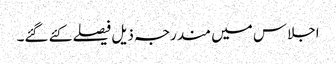
اجلاس میں مندرجہ ذیل فیصلے کئے گئے۔